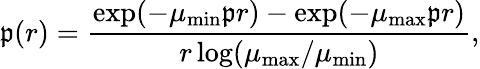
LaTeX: \mathfrak{p}(r)=\frac{{\exp(-\mu_{\mathrm{{min}}}\mathfrak{p}r)-\exp(-\mu_{\mathrm{{max}}}\mathfrak{p}r)}}{{r\log(\mu_{\mathrm{{max}}}/\mu_{\mathrm{{min}}})}},